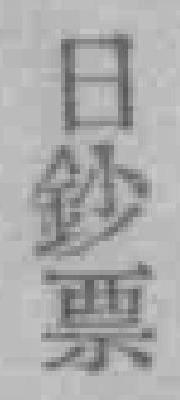
日鈔票